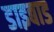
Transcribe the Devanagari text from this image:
डाइबाड